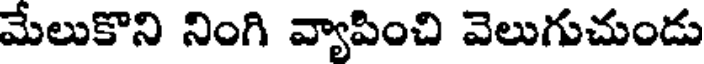
మేలుకొని నింగి వ్యాపించి వెలుగుచుండు